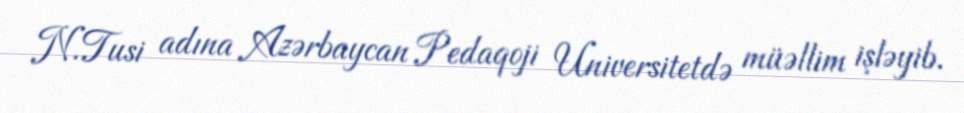
N.Tusi adına Azərbaycan Pedaqoji Universitetdə müəllim işləyib.